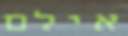
אילם